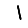
Digit: 1